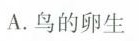
A. 鸟的卵生